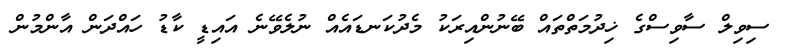
ސިވިލް ސާވިސްގެ ޚިދުމަތްތައް ބޭނުންއިރަކު މެދުކަނޑައެއް ނުލެވޭނެ އައިޑީ ކާޑު ހައްދަން އާންމުން